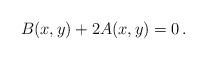
LaTeX: \begin{align*}B(x,y) + 2 A(x,y) = 0 \, .\end{align*}